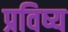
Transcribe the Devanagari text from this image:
प्रविष्य